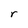
Character: r